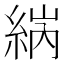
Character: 𦀼